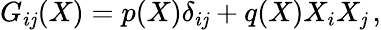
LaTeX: G_{i\mathit{j}}(X)=p(X)\delta_{i\mathit{j}}+q(X)X_{i}X_{\mathit{j}}\, ,